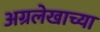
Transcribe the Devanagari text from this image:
अग्रलेखाच्या